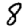
Digit: 8